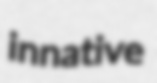
innative